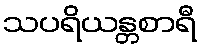
သပရိယန္တစာရီ